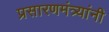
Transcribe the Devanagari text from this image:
प्रसारणमंत्र्यांनी